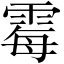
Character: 霉